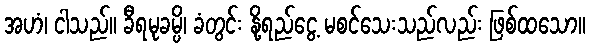
အဟံ၊ ငါသည်။ ခီရမုခမ္ပိ၊ ခံတွင်း နို့ရည်ငွေ့ မစင်သေးသည်လည်း ဖြစ်ထသော။